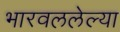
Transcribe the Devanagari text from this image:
भारवललेल्या